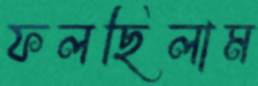
ফলছিলাম